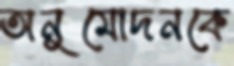
অনুমোদনকে